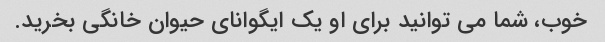
خوب، شما می توانید برای او یک ایگوانای حیوان خانگی بخرید.